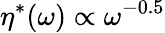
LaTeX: \eta^{*}(\omega)\propto\omega^{-0.5}